Indian journal of veterinary science and animal husbandry - Volumes 26-27, 1956-1957
Year: 1956
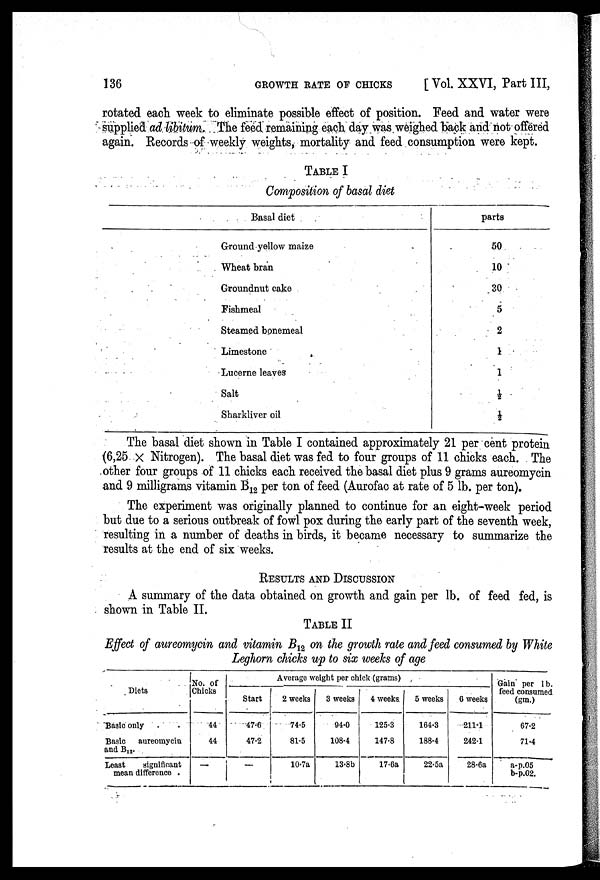
136
GROWTH
RATE
OF
CHICKS
[ Vol. XXVI, Part III,
rotated each week to eliminate possible effect of position. Feed and water were
supplied ad libitum. The feed remaining each day was weighed back and not offered
again. Records of weekly weights, mortality and feed consumption were kept.
TABLE I
Composition of basal diet
Basal diet
Ground yellow maize
Wheat bran
Groundnut cake
Fishmeal
Steamed bonemeal
Limestone
Lucerne leaves
Salt
Sharkliver oil
parts
50
10
30
5
2
1
1
½
½
The basal diet shown in Table I contained approximately 21 per cent protein
(6,25 × Nitrogen). The basal diet was fed to four groups of 11 chicks each. The
other four groups of 11 chicks each received the basal diet plus 9 grams aureomycin
and 9 milligrams vitamin B 12 per ton of feed (Aurofac at rate of 5 lb. per ton).
The experiment was originally planned to continue for an eight-week period
but due to a serious outbreak of fowl pox during the early part of the seventh week,
resulting in a number of deaths in birds, it became necessary to summarize the
results at the end of six weeks.
RESULTS AND DISCUSSION
A summary of the data obtained on growth and gain per lb. of feed fed, is
shown in Table II.
TABLE II
Effect of aureomycin and vitamin B 12 on the growth rate and feed consumed by White
Leghorn chicks up to six weeks of age
Diets
Basic only
Basic
aureomycin
and B 12 .
Least
significant
mean difference
No. of
Chicks
44
44
—
Average weight per chick (grams)
Start
47.6
47.2
—
2 weeks
74.5
81.5
10.7a
3 weeks
94.0
108.4
13.8b
4 weeks
125.3
147.8
17.6a
5 weeks
164.3
188.4
22.5a
6 weeks
211.1
242.1
28.6a
Gain per l b.
feed consumed
(gm.)
67.2
71.4
a-p.05
b-p.02.